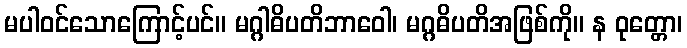
မပါဝင်သောကြောင့်ပင်။ မဂ္ဂါဓိပတိဘာဝေါ၊ မဂ္ဂဓိပတိအဖြစ်ကို။ န ဝုတ္တော၊